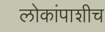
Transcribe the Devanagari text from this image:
लोकांपाशीच